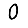
Digit: 0